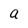
Character: a